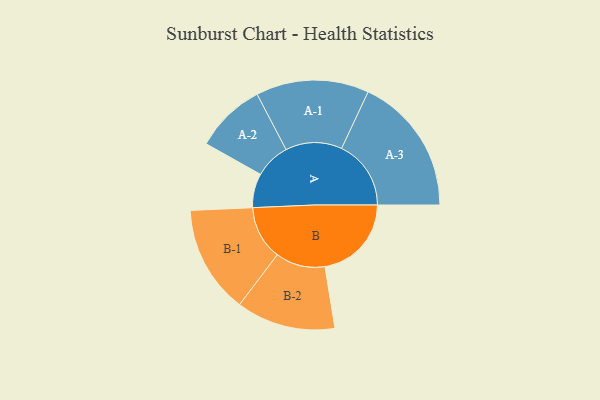
{"axis": {"x": "Segment", "y": "Value"}, "legend": ["", "A", "B"], "data": [{"x": "A", "y": 134, "type": ""}, {"x": "B", "y": 340, "type": ""}, {"x": "A-1", "y": 222, "type": "A"}, {"x": "A-2", "y": 139, "type": "A"}, {"x": "A-3", "y": 273, "type": "A"}, {"x": "B-1", "y": 212, "type": "B"}, {"x": "B-2", "y": 195, "type": "B"}]}